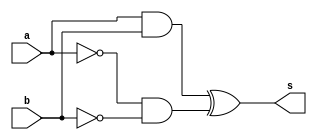
// Nome: Felipe Torres

module xnorgate2(output s, input a, input b);
 assign s = (a & b) ^ (~a & ~b);
endmodule

module teste;
 reg x,y;
 wire z;
 
 xnorgate2 xnor2 (z,x,y);
 
 initial begin
  x=0; y=0;
  $display("Teste\nx y z");
  $monitor("%b %b %b",x,y,z);
  
  #1 x=0; y=1;
  #1 x=1; y=0;
  #1 x=1; y=1;
 end
 
endmodule